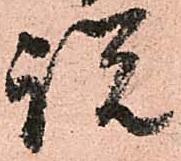
説